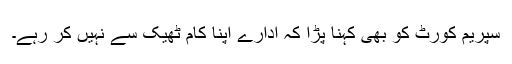
سپریم کورٹ کو بھی کہنا پڑا کہ ادارے اپنا کام ٹھیک سے نہیں کر رہے۔